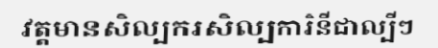
វត្តមានសិល្បករសិល្បការិនីជាល្បីៗ